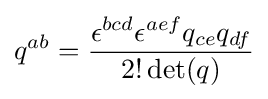
q^{ab}={\epsilon ^{bcd}\epsilon ^{aef}q_{ce}q_{df} \over 2!\det(q)}